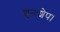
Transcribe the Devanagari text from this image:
शुनःशेप।